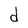
Character: d